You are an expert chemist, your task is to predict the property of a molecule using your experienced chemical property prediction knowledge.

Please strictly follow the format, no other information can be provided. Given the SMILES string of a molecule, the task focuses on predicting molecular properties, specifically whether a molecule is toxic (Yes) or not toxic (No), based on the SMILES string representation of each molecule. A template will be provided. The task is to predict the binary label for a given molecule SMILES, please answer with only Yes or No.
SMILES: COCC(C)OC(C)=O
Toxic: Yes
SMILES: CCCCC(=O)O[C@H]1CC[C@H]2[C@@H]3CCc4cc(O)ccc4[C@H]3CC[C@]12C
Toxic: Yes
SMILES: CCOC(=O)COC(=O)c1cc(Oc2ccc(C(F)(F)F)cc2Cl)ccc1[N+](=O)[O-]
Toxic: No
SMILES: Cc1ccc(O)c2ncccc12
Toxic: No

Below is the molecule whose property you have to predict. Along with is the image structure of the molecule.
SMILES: CC(C)(C)c1ccc(CCOc2ncnc3ccccc23)cc1
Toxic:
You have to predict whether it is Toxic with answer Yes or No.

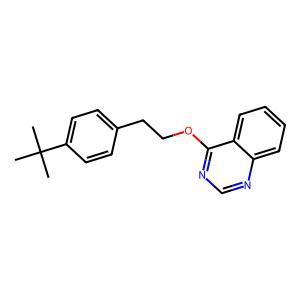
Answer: No